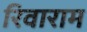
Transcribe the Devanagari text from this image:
रिवाराम